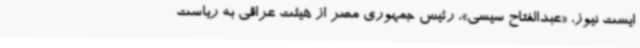
ایست نیوز، «عبدالفتاح سیسی»، رئیس جمهوری مصر از هیئت عراقی به ریاست